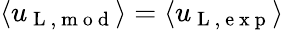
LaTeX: \langle u_{\mathrm{~L~,~m~o~d~}}\rangle=\langle u_{\mathrm{~L~,~e~x~p~}}\rangle